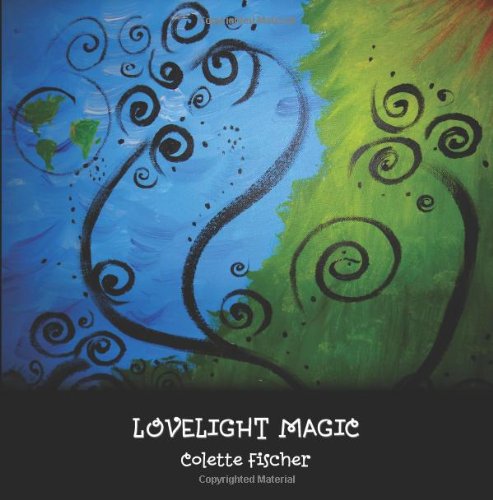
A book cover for Lovelight Magic; Colette Fischer; Children's Books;